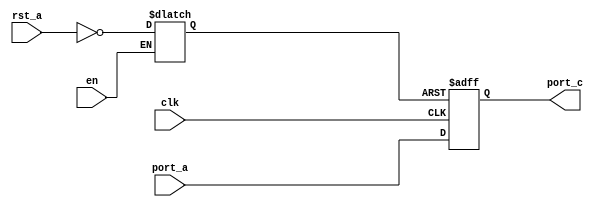
module RST_IS_DLAT (port_a,en,rst_a,clk, port_c);
   input port_a;
   input clk;
   input en;
   input rst_a;
   output port_c;
   reg port_c;
   reg rst;
   always@*
   if(en)
   rst <= ~rst_a;
   always@(posedge clk or negedge rst) 
   begin
      if (!rst)
      port_c <= 1'b0;
      else
      port_c <= port_a;
   end
endmodule